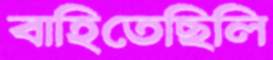
বাহিতেছিলি